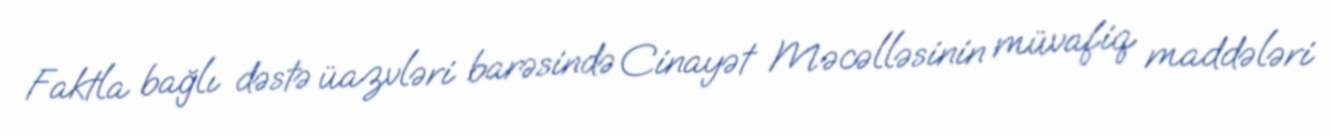
Faktla bağlı dəstə üazvləri barəsində Cinayət Məcəlləsinin müvafiq maddələri